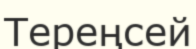
Тереңсей